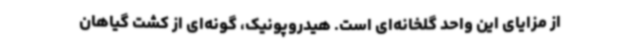
از مزایای این واحد گلخانه‌ای است. هیدروپونیک، گونه‌ای از کشت گیاهان